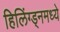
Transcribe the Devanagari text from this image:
हिलिंग्ड्नमध्ये